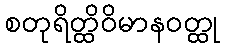
စတုရိတ္ထိဝိမာနဝတ္ထု